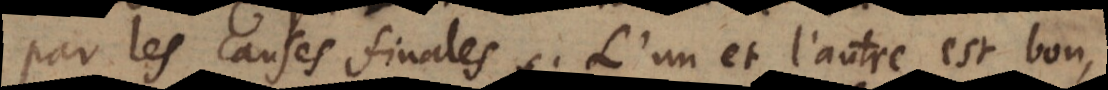
par les causes finales. L’un et l’autre est bon,